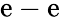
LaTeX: \mathrm{e}-\mathrm{e}